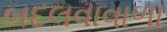
બદલવાવાળા